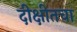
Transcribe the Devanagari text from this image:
दीक्षीतचा